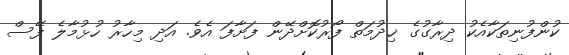
ކުންފުނިތަކާއެކު ދިރާގުގެ ޚިދުމަތް ފޯރުކޮށްދޭން ފަށާފަ އެވެ. އަދި މިހާރު ހުޅުމާލެ ފޭސް